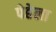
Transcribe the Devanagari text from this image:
पेहेला